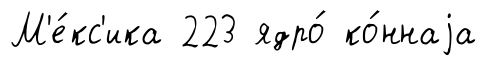
М'е́кс'ика 223 ядро́ ко́ннаjа